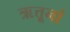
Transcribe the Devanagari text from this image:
ऋत्तूनां